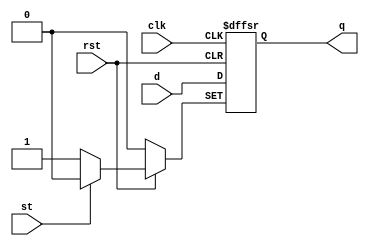
//    D-
module DFSR1(clk, st, rst, d, q);
    input clk, st, rst, d;
    output q;
    reg q;

    always @ (posedge clk or negedge rst or negedge st) begin
        // rst st 0  
        if (rst == 1'b0) q <= 1'b0;
        else if (st == 1'b0) q <= 1'b1;
        else q <= d; //  positive edge D Q
    end
endmodule

//   D-
module DFR1(clk, rst, d, q);
    input clk, rst, d;
    output q;
    reg q;

    always @ (posedge clk or negedge rst) begin
        if (rst == 1'b0) q <= 1'b0;
        else q <= d;
    end
endmodule